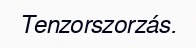
Tenzorszorzás.